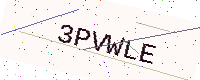
Text: 3PVWLE